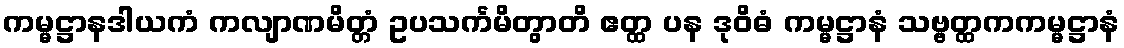
ကမ္မဋ္ဌာနဒါယကံ ကလျာဏမိတ္တံ ဥပသင်္ကမိတွာတိ ဧတ္ထ ပန ဒုဝိဓံ ကမ္မဋ္ဌာနံ သဗ္ဗတ္ထကကမ္မဋ္ဌာနံ